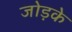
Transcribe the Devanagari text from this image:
जोड़के